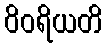
ဝိဝရိယတိ